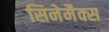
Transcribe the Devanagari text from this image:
सिनेमैक्स